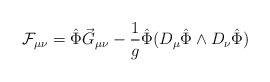
\begin{align*}{\cal F}_{\mu\nu} = \hat\Phi \vec G_{\mu\nu} -\frac{1}{g}\hat\Phi(D_\mu\hat\Phi\wedge D_\nu\hat \Phi)\end{align*}